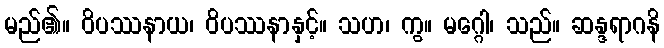
မည်၏။ ဝိပဿနာယ၊ ဝိပဿနာနှင့်။ သဟ၊ ကွ။ မဂ္ဂေါ၊ သည်။ ဆန္ဒရာဂနိ